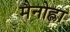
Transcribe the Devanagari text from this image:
मैनोह्ला